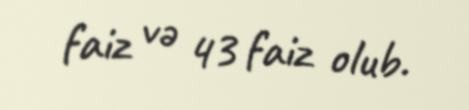
faiz və 43 faiz olub.